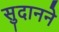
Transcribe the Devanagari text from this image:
सुदानने